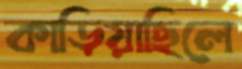
কাড়িয়াছিলে